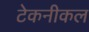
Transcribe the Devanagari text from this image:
टेकनीकल